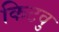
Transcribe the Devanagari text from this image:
किटवु